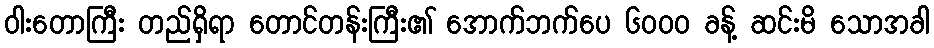
ဝါးတောကြီး တည်ရှိရာ တောင်တန်းကြီး၏ အောက်ဘက်ပေ ၆၀၀၀ ခန့် ဆင်းမိ သောအခါ